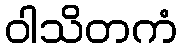
ဝါသိတကံ